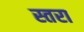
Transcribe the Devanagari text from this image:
स्तरा